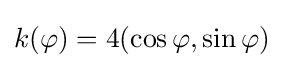
k(\varphi )=4(\cos \varphi ,\sin \varphi )\